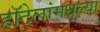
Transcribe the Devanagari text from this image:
हॉटेलांमधल्या